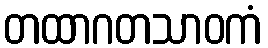
တထာဂတသာဝကံ